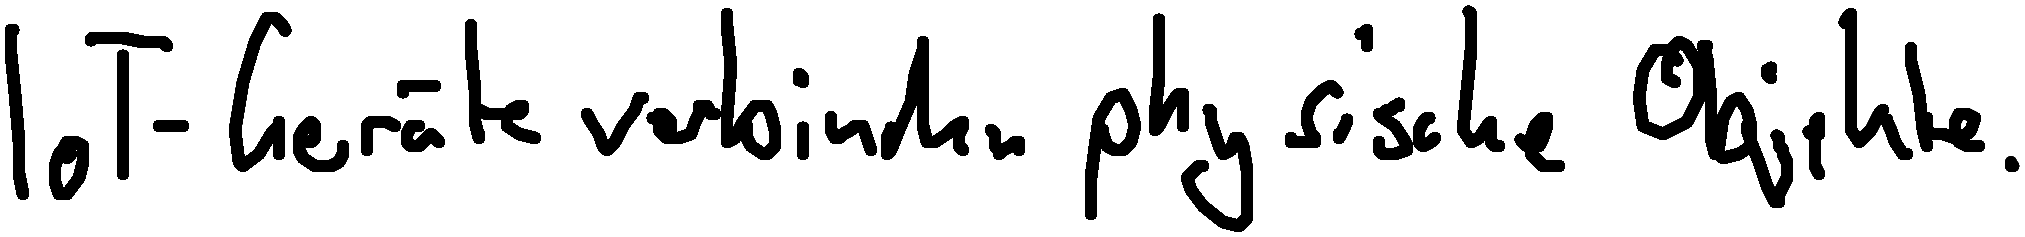
IoT-Geräte verbinden physische Objekte.